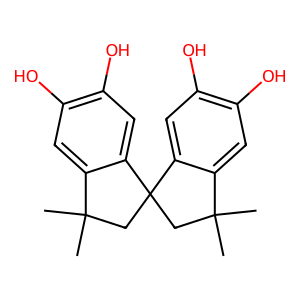
SMILES: CC1(C)CC2(CC(C)(C)c3cc(O)c(O)cc32)c2cc(O)c(O)cc21
Inhibits HIV replication: No